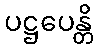
ပဋ္ဌပေန္တိ